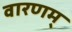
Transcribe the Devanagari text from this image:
वारणम्